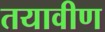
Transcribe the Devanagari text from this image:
तयावीण